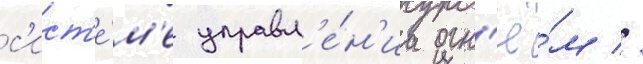
с'ист'е́м'е управл'е́н'иа огн'ё́м //